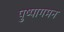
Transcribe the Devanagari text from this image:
पुष्पागमन